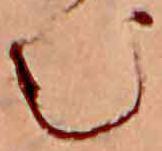
む